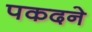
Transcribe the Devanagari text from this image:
पकदने